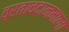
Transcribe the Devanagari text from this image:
व्रतावदानमाला